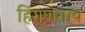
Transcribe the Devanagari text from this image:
हिंगणगांव